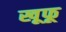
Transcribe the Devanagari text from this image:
खूफू